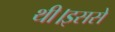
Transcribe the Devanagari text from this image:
थी।इससे